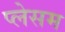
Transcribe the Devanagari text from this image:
प्लेसम